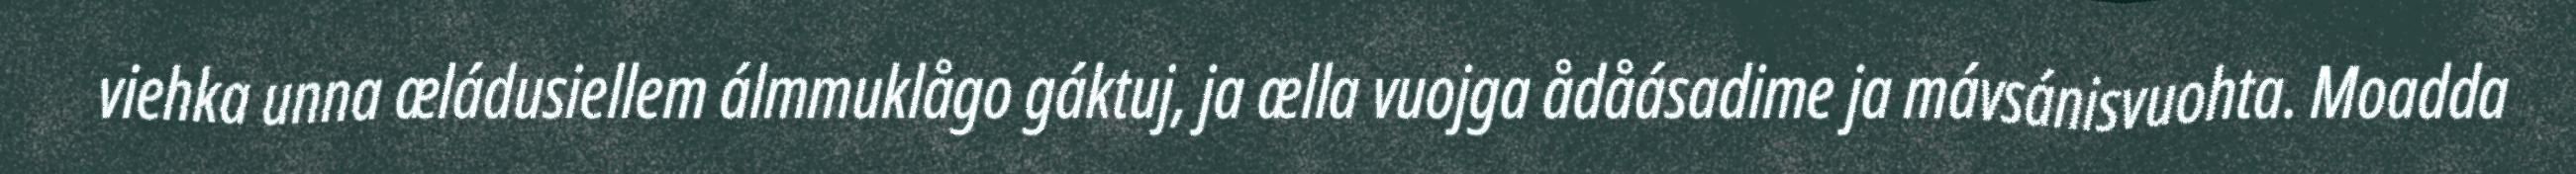
viehka unna æládusiellem álmmuklågo gáktuj, ja ælla vuojga ådåásadime ja mávsánisvuohta. Moadda